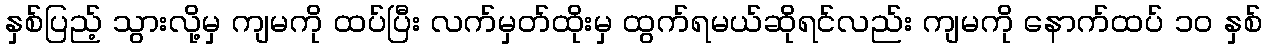
နှစ်ပြည့် သွားလို့မှ ကျမကို ထပ်ပြီး လက်မှတ်ထိုးမှ ထွက်ရမယ်ဆိုရင်လည်း ကျမကို နောက်ထပ် ၁ဝ နှစ်